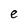
Character: e